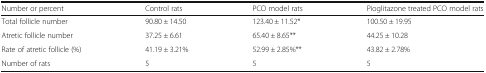
<table><thead><tr><td><b>Number or percent</b></td><td><b>Control rats</b></td><td><b>PCO model rats</b></td><td><b>Pioglitazone treated PCO model rats</b></td></tr></thead><tbody><tr><td>Total follicle number</td><td>90.80 ± 14.50</td><td>123.40 ± 11.52*</td><td>100.50 ± 19.95</td></tr><tr><td>Atretic follicle number</td><td>37.25 ± 6.61</td><td>65.40 ± 8.65**</td><td>44.25 ± 10.28</td></tr><tr><td>Rate of atretic follicle (%)</td><td>41.19 ± 3.21%</td><td>52.99 ± 2.85%**</td><td>43.82 ± 2.78%</td></tr><tr><td>Number of rats</td><td>5</td><td>5</td><td>5</td></tr></tbody></table>